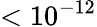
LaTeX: <10^{-12}